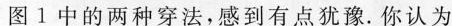
图1中的两种穿法，感到有点犹豫。你认为